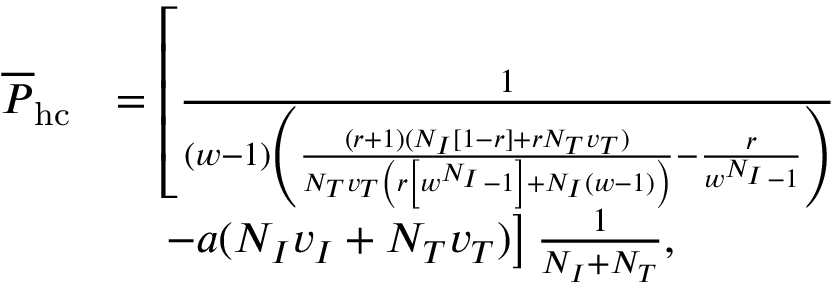
\begin{array} { r l } { \overline { { P } } _ { \mathrm { h c } } } & { = \left[ \frac { 1 } { ( w - 1 ) \left( \frac { ( r + 1 ) ( N _ { I } [ 1 - r ] + r N _ { T } v _ { T } ) } { N _ { T } v _ { T } \left( r \left[ w ^ { N _ { I } } - 1 \right] + N _ { I } ( w - 1 ) \right) } - \frac { r } { w ^ { N _ { I } } - 1 } \right) } \right. } \\ & { \quad \left. - a ( N _ { I } v _ { I } + N _ { T } v _ { T } ) \right] \frac { 1 } { N _ { I } + N _ { T } } , } \end{array}